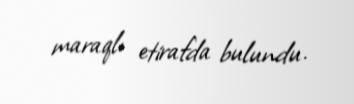
maraqlı etirafda bulundu.